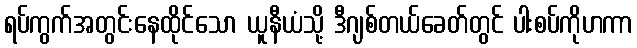
ရပ်ကွက်အတွင်းနေထိုင်သော ယူနီယံသို့ ဒီဂျစ်တယ်ခေတ်တွင် ပါးစပ်ကိုဟကာ